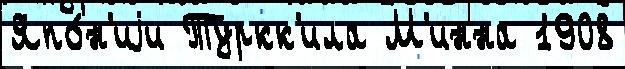
Япо́н'иjи Туркк'ила М'инна 1908